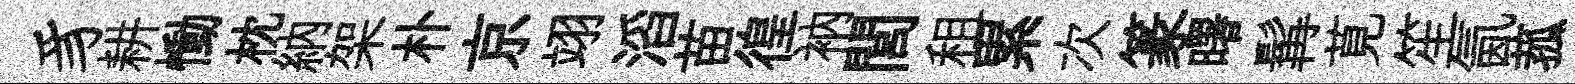
豸耕慟枕納架朴京翊滔苗徨衲閭租累次篆曙髯莧笙氤菰